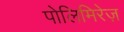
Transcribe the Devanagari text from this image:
पोलिमिरेज़